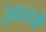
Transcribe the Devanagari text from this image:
देवघराची